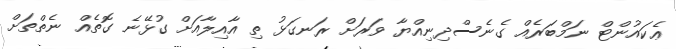
ޢެކައުންޓް ނަމްބަރެއް ގެނެސްދިނިއްޔާ ވަރަށް ރަނގަޅު ތި އާއިލާއަށް ގުޅޭނެ ގޮތެއް ނެތްތަށް